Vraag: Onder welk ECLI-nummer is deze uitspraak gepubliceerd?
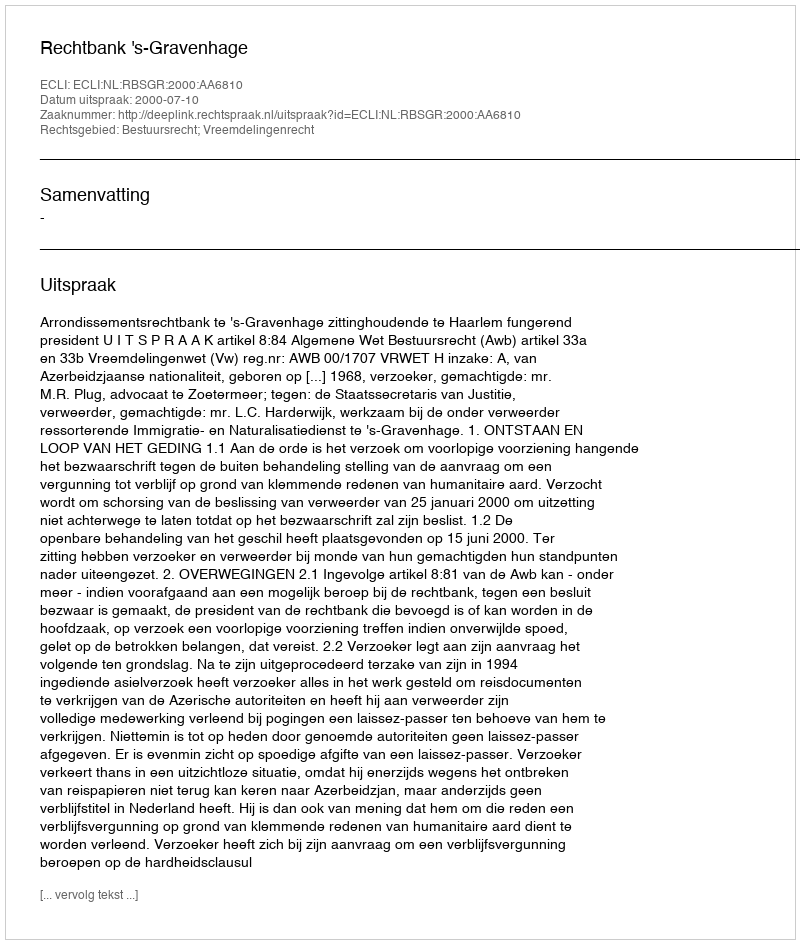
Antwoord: ECLI:NL:RBSGR:2000:AA6810